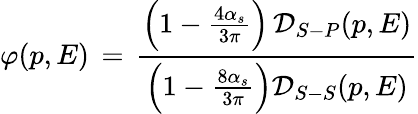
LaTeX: \varphi(p,E)\, =\, {\frac{\left(1-{\frac{4\alpha_{s}}{3\pi}}\right)\, {\cal D}_{S-P}(p,E)}{\left(1-{\frac{8\alpha_{s}}{3\pi}}\right){\cal D}_{S-S}(p,E)}}